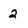
Character: 2